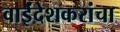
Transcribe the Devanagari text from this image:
वाईंदेशकरांचा